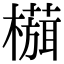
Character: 𬄻